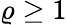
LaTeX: \varrho\geq 1